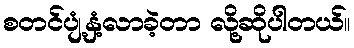
စတင်ပျံ့နှံ့လာခဲ့တာ လို့ဆိုပါတယ်။